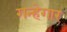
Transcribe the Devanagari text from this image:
गन्हेगार